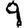
Digit: 9